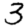
Digit: 3